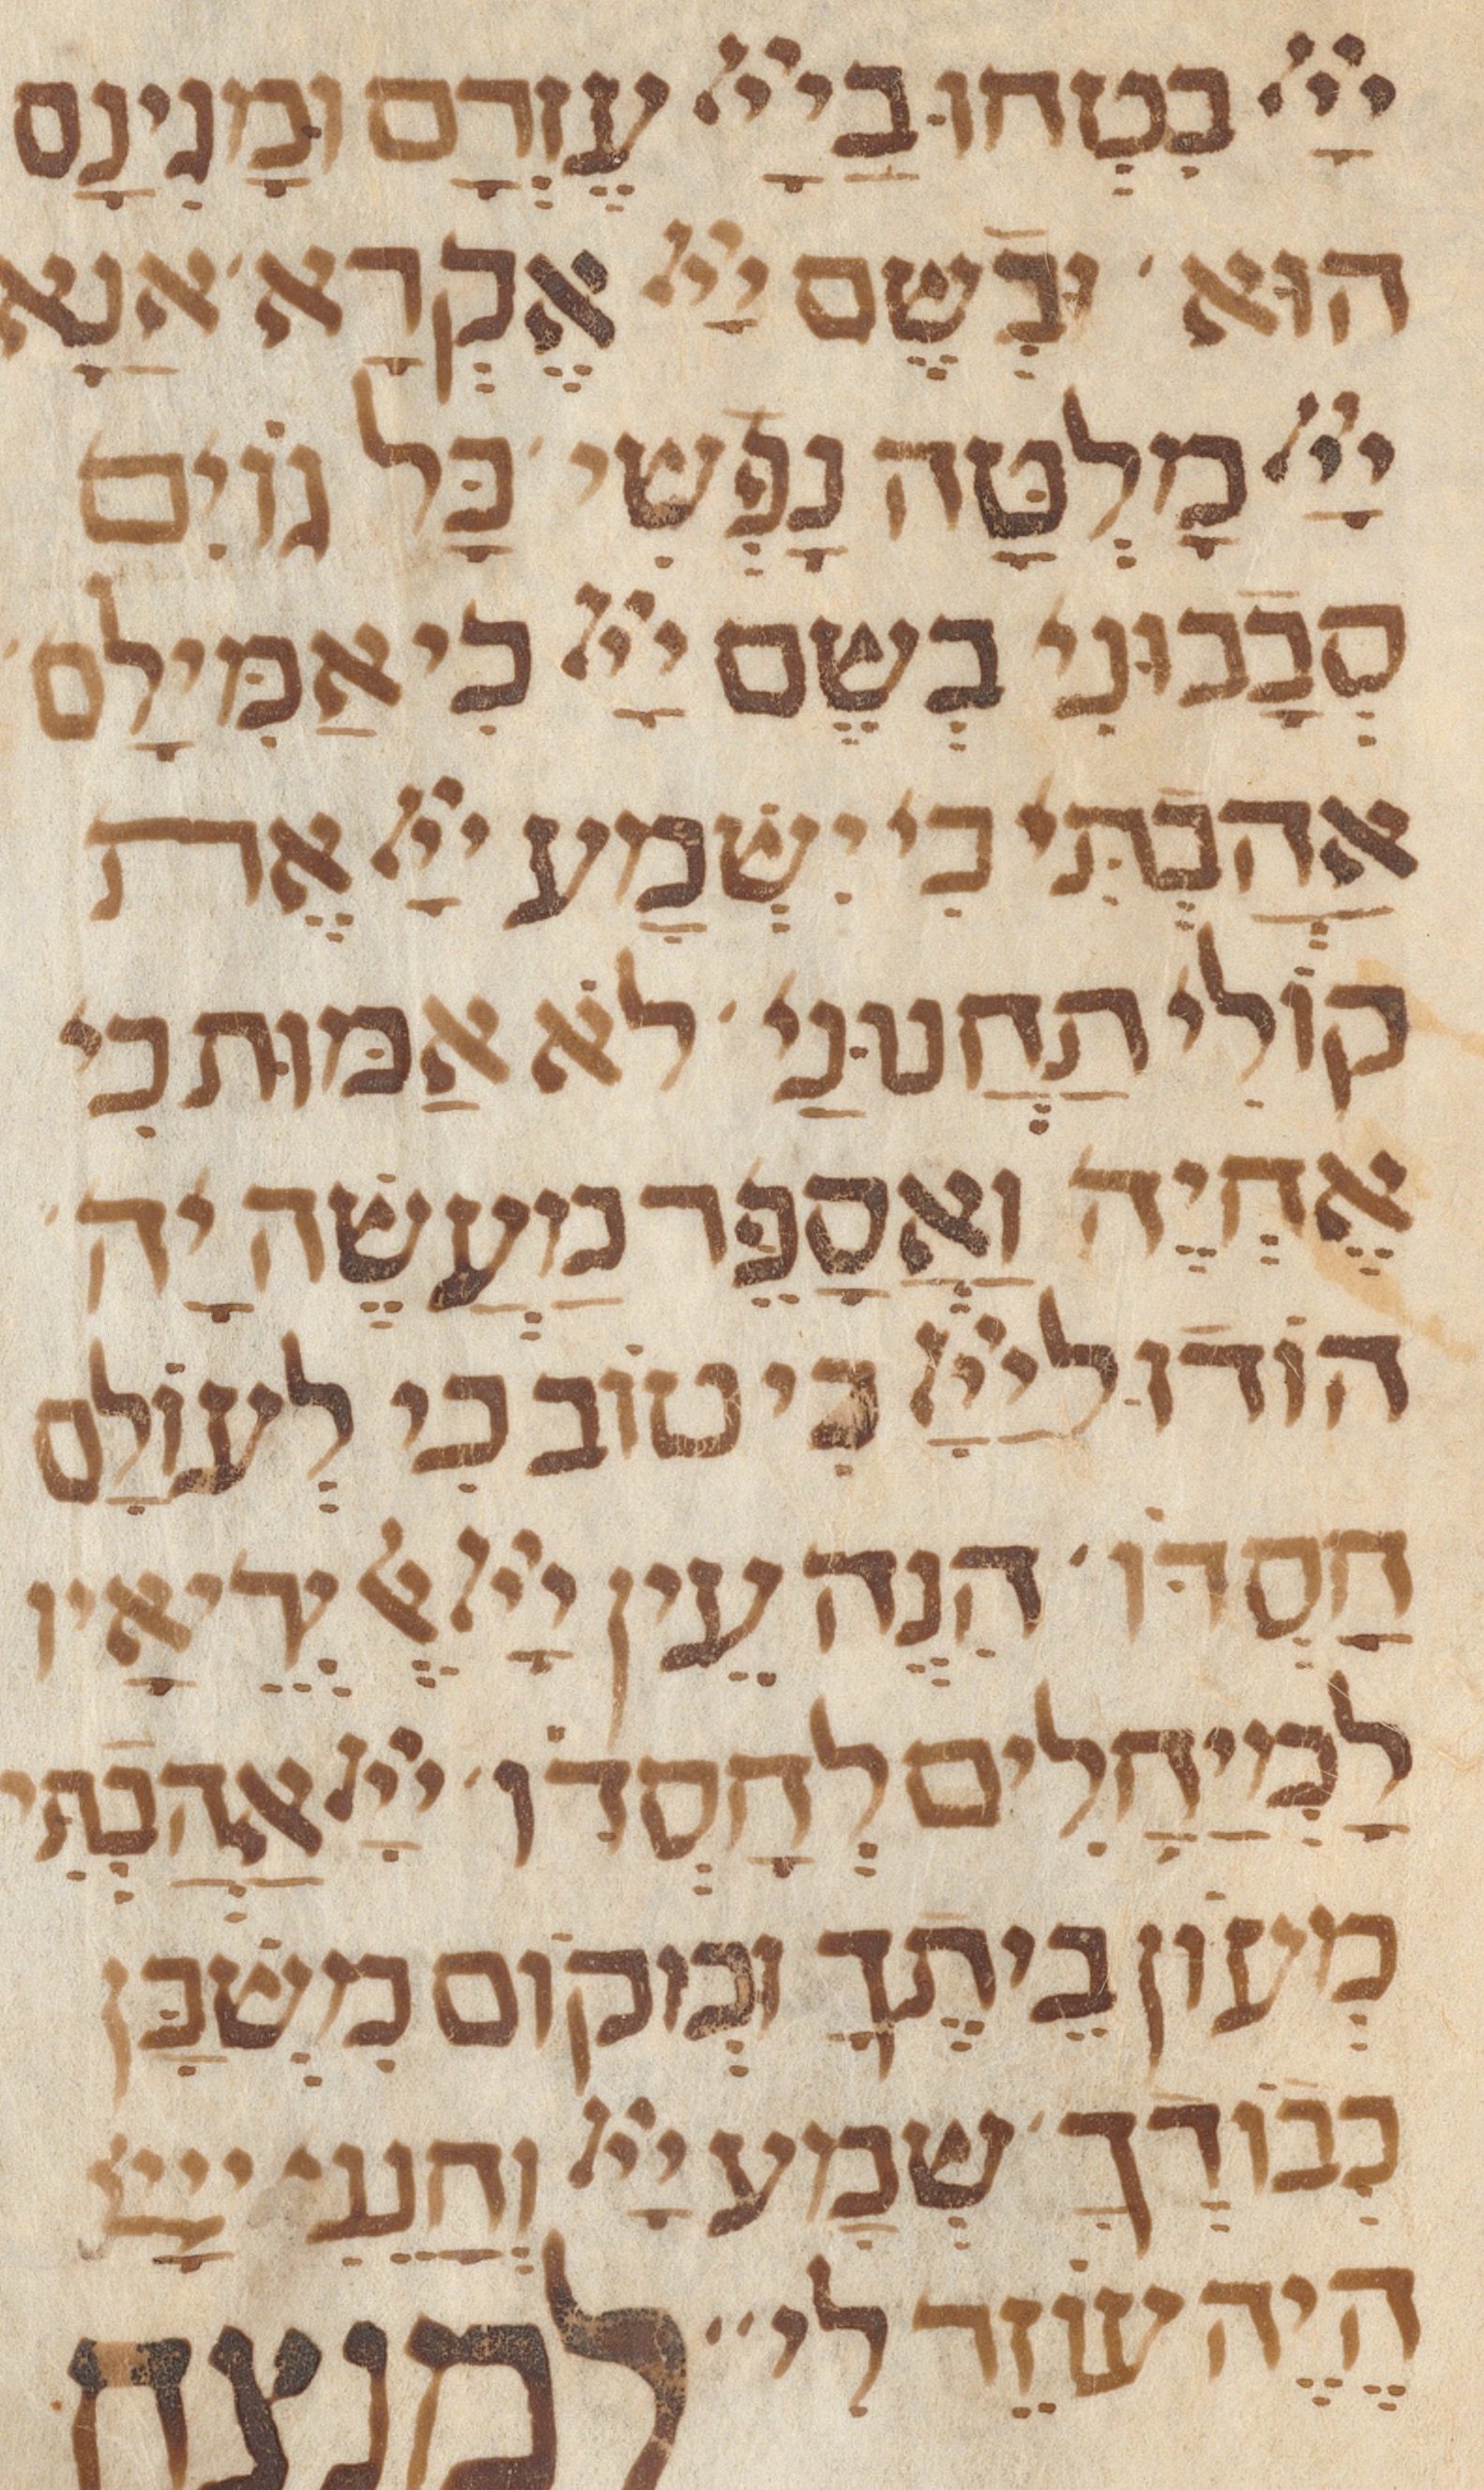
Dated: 1300–1399